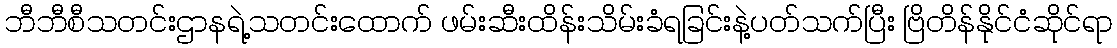
ဘီဘီစီသတင်းဌာနရဲ့သတင်းထောက် ဖမ်းဆီးထိန်းသိမ်းခံရခြင်းနဲ့ပတ်သက်ပြီး ဗြိတိန်နိုင်ငံဆိုင်ရာ